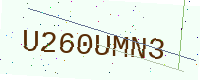
Text: U260UMN3